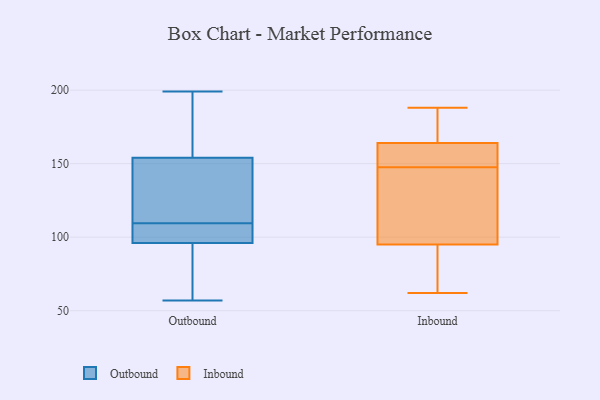
{"axis": {"x": "Budget (USD K)", "y": "Value"}, "legend": ["Inbound", "Outbound"], "data": [{"x": "", "y": 96, "type": "Outbound"}, {"x": "", "y": 101, "type": "Outbound"}, {"x": "", "y": 118, "type": "Outbound"}, {"x": "", "y": 59, "type": "Outbound"}, {"x": "", "y": 155, "type": "Outbound"}, {"x": "", "y": 199, "type": "Outbound"}, {"x": "", "y": 175, "type": "Outbound"}, {"x": "", "y": 57, "type": "Outbound"}, {"x": "", "y": 154, "type": "Outbound"}, {"x": "", "y": 97, "type": "Outbound"}, {"x": "", "y": 150, "type": "Outbound"}, {"x": "", "y": 145, "type": "Outbound"}, {"x": "", "y": 98, "type": "Outbound"}, {"x": "", "y": 84, "type": "Outbound"}, {"x": "", "y": 94, "type": "Inbound"}, {"x": "", "y": 95, "type": "Inbound"}, {"x": "", "y": 174, "type": "Inbound"}, {"x": "", "y": 62, "type": "Inbound"}, {"x": "", "y": 146, "type": "Inbound"}, {"x": "", "y": 164, "type": "Inbound"}, {"x": "", "y": 149, "type": "Inbound"}, {"x": "", "y": 188, "type": "Inbound"}, {"x": "", "y": 129, "type": "Inbound"}, {"x": "", "y": 160, "type": "Inbound"}]}